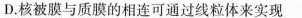
D.核被膜与质膜的相连可通过线粒体来实现